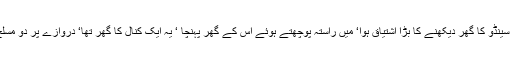
پچھلے دنوں مجھے سینڈو کا گھر دیکھنے کا بڑا اشتیاق ہوا‘ میں راستہ پوچھتے ہوئے اس کے گھر پہنچا ‘ یہ ایک کنال کا گھر تھا‘ دروازے پر دو مسلح افراد بیٹھے تھے ۔